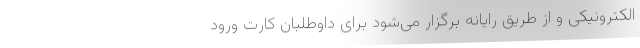
الکترونیکی و از طریق رایانه برگزار می‌شود برای داوطلبان کارت ورود